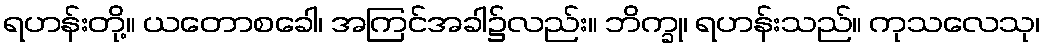
ရဟန်းတို့။ ယတောစခေါ၊ အကြင်အခါ၌လည်း။ ဘိက္ခု၊ ရဟန်းသည်။ ကုသလေသု၊